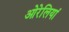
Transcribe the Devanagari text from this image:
ओरेलियां